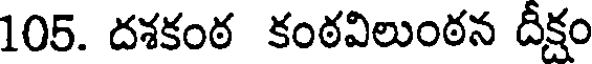
105. దశకంఠ కంఠవిలుంఠన దీక్షం